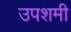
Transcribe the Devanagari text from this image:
उपशमी